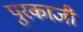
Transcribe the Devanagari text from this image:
पुरकाजी